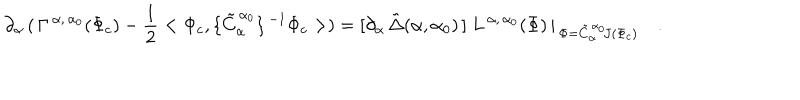
\partial _ { \alpha } \, ( \, \Gamma ^ { \, \alpha , \, \alpha _ { 0 } } ( \Phi _ { c } ) - \frac { 1 } { 2 } < \Phi _ { c } , \{ \tilde { C } _ { \alpha } ^ { \, \alpha _ { 0 } } \} ^ { \, - 1 } \Phi _ { c } > ) = [ \partial _ { \alpha } \, \tilde { \Delta } ( \alpha , \alpha _ { 0 } ) \, ] \ L ^ { \, \alpha , \, \alpha _ { 0 } } ( \Phi ) \, \vert _ { \, \Phi = \tilde { C } _ { \alpha } ^ { \, \alpha _ { 0 } } \! J ( \Phi _ { c } ) } \quad .